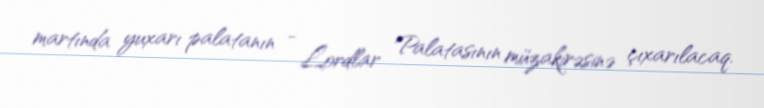
martında yuxarı palatanın - Lordlar Palatasının müzakirəsinə çıxarılacaq.